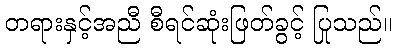
တရားနှင့်အညီ စီရင်ဆုံးဖြတ်ခွင့် ပြုသည်။